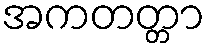
အကတတ္တာ